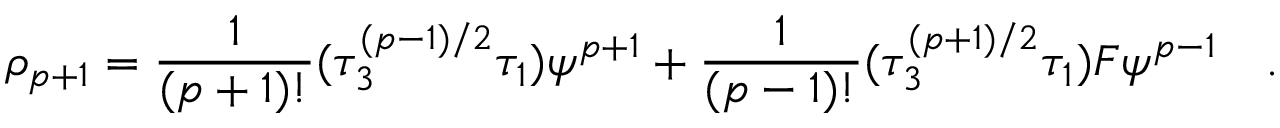
\rho _ { p + 1 } = { \frac { 1 } { ( p + 1 ) ! } } ( \tau _ { 3 } ^ { ( p - 1 ) / 2 } \tau _ { 1 } ) \psi ^ { p + 1 } + { \frac { 1 } { ( p - 1 ) ! } } ( \tau _ { 3 } ^ { ( p + 1 ) / 2 } \tau _ { 1 } ) { \cal { F } } \psi ^ { p - 1 } \quad .